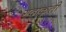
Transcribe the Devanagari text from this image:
गदाकृती